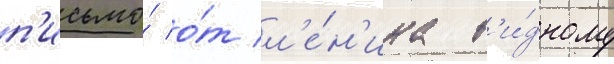
п'исьмо́ о́т л'е́н'ина в'и́дному